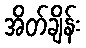
အိတ်ချိန်း